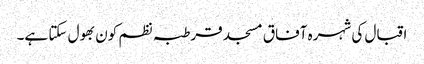
اقبال کی شہرہ آفاق مسجد قرطبہ نظم کون بھول سکتا ہے۔